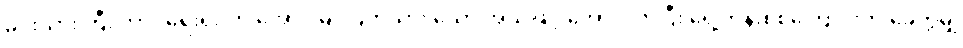
မင်းသားကြီး ဘာဂရေးရှင်က အောင်မြင်ပြတ်သား သော အသံဖြင့် အော်လိုက်ပြီး ရှေ့တန်းစစ်ကြောင်းကို ခေတ္တမျှ